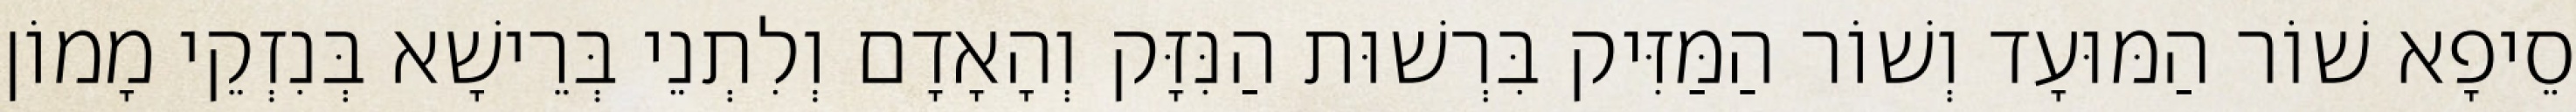
סֵיפָא שׁוֹר הַמּוּעָד וְשׁוֹר הַמַּזִּיק בִּרְשׁוּת הַנִּזָּק וְהָאָדָם וְלִתְנֵי בְּרֵישָׁא בְּנִזְקֵי מָמוֹן